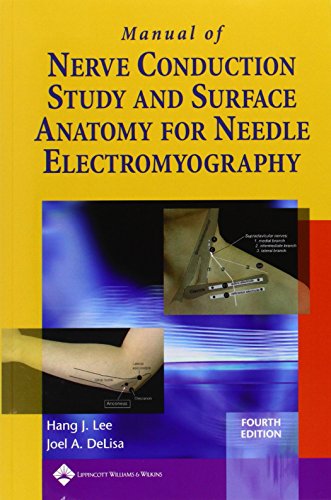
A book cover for Manual of Nerve Conduction Study and Surface Anatomy for Needle Electromyography; Hang J. Lee MD; Medical Books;